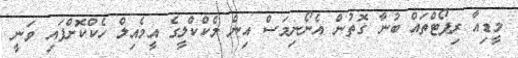
މީޑިއާ ރިޕޯޓްތައް ބުނާ ގޮތުން އެނޯނިމަސް އިން މެކްކްލީގެ އީމެއިލް ހެކްކޮށްފައި ވަނީ